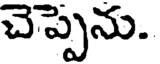
చెప్పెను.